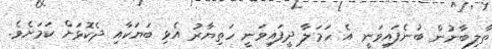
ތާލިބާނުން ބުނެފައިވަނީ އެ ހަމަލާ ދީފައިވަނީ ހަތިޔާރު އެޅި ބަޔަކާއި ދެކޮޅަށް ކަމަށެވެ.